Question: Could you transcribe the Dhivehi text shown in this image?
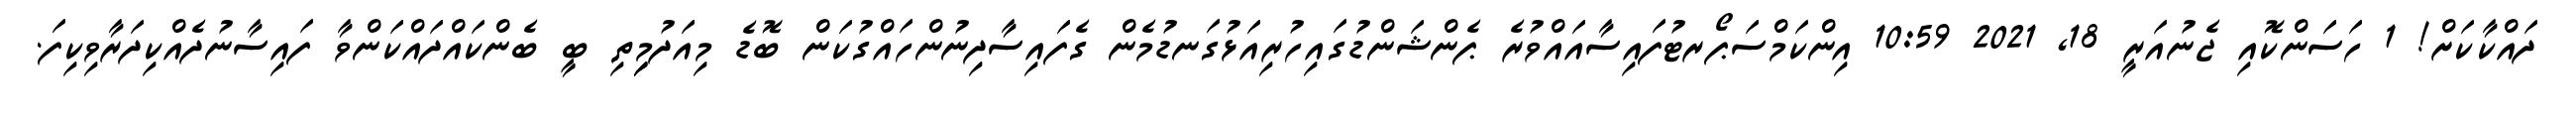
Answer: ދައްކާކަށް! 1 ހަސަންކޮއި ޖެނުއަރީ 18, 2021 10:59 އިންކަމްސަޕޯރޓުފައިސާއައްވުރެ ޕެންޝަންޑުގައިހުރިއަޅުގަނޑުމެން ގެފައިސާދިނުންހައްގުކަން ބޮޑެ މިއަދުމިިިތި ބީ ބެންކައްދައްކަންވާ ފައިސާނުދެއްކިދަރާވިކިފަ.